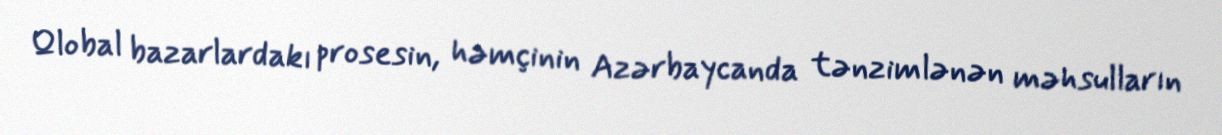
Qlobal bazarlardakı prosesin, həmçinin Azərbaycanda tənzimlənən məhsulların